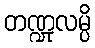
တဏ္ဍုလမ္ပိ